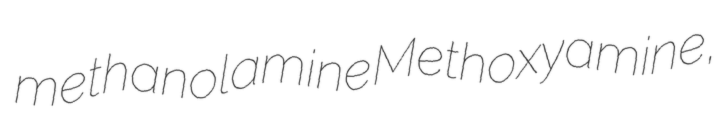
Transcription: methanolamine Methoxyamine,